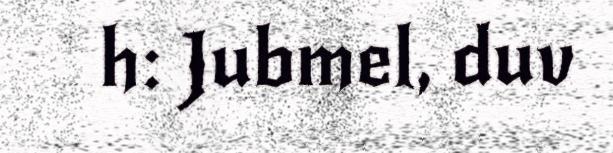
h: Jubmel, duv